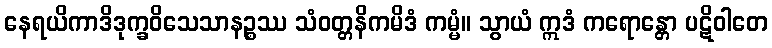
နေရယိကာဒိဒုက္ခဝိသေသာနဉ္စဿ သံဝတ္တနိကမိဒံ ကမ္မံ။ သွာယံ ဣဒံ ကရောန္တော ပဋိဝါတေ